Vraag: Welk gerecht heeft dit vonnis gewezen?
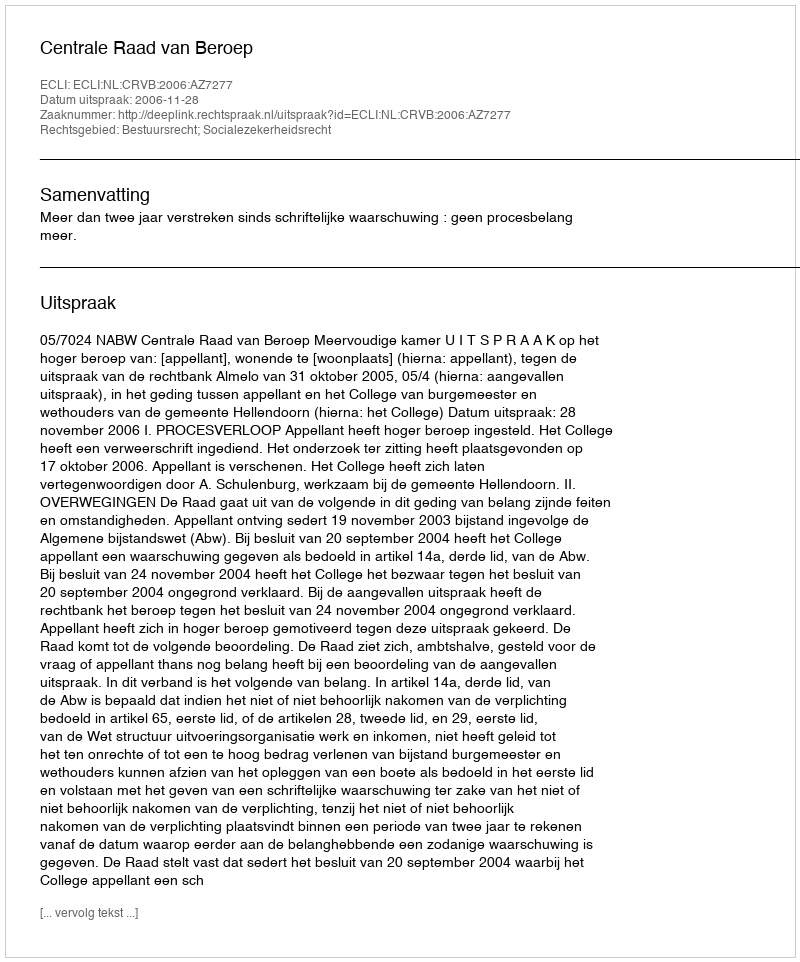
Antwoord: Centrale Raad van Beroep